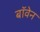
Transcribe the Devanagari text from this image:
बॉवेन